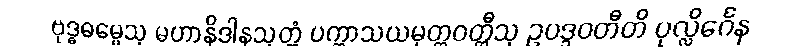
ဗုဒ္ဓဓမ္မေသု မဟာနိဒါနသုတ္တံ ပက္ကာသယမုတ္တဝတ္ထီသု ဥပဒ္ဒဝတီတိ ပုလ္လိင်္ဂေန